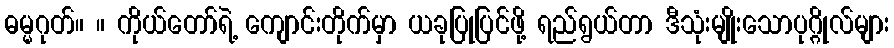
ဓမ္မဂုတ်။ ။ ကိုယ်တော်ရဲ့ ကျောင်းတိုက်မှာ ယခုပြုပြင်ဖို့ ရည်ရွယ်တာ ဒီသုံးမျိုးသောပုဂ္ဂိုလ်များ